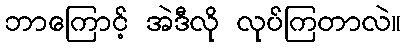
ဘာကြောင့် အဲဒီလို လုပ်ကြတာလဲ။